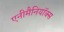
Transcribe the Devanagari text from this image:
एनीमैनियॉक्स